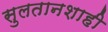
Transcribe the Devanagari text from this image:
सुलतानशाही